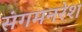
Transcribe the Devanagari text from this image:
संगमनरेश